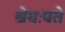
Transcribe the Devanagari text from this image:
श्रेयःपते